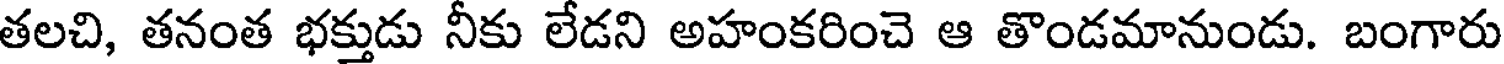
తలచి, తనంత భక్తుడు నీకు లేడని అహంకరించె ఆ తొండమానుండు. బంగారు